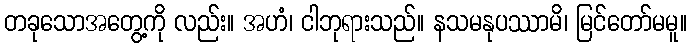
တခုသောအတွေ့ကို လည်း။ အဟံ၊ ငါဘုရားသည်။ နသမနုပဿာမိ၊ မြင်တော်မမူ။